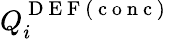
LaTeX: Q_{i}^{\mathrm{~D~E~F~(~c~o~n~c~)~}}